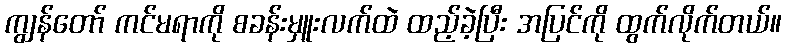
ကျွန်တော် ကင်မရာကို စခန်းမှူးလက်ထဲ ထည့်ခဲ့ပြီး အပြင်ကို ထွက်လိုက်တယ်။